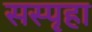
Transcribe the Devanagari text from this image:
सस्पृहा